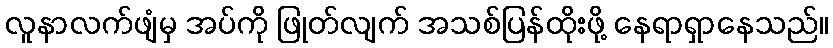
လူနာလက်ဖျံမှ အပ်ကို ဖြုတ်လျက် အသစ်ပြန်ထိုးဖို့ နေရာရှာနေသည်။